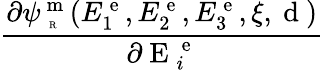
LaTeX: \frac{\partial{\psi}_{\mathrm{~\tiny~R~}}^{\mathrm{~m~}}(E_{1}^{\mathrm{~e~}},E_{2}^{\mathrm{~e~}},E_{3}^{\mathrm{~e~}},\xi,\mathrm{~d~})}{\partial{\mathrm{~E~}_{i}^{\mathrm{~e~}}}}